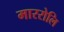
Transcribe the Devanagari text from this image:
माररोलि